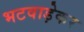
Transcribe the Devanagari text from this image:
भटवाड़ेकर